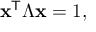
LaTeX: \mathbf { x } ^ { \mathsf { T } } { \boldsymbol { \Lambda } } \mathbf { x } = 1 ,